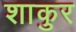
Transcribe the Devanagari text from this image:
शाकुर